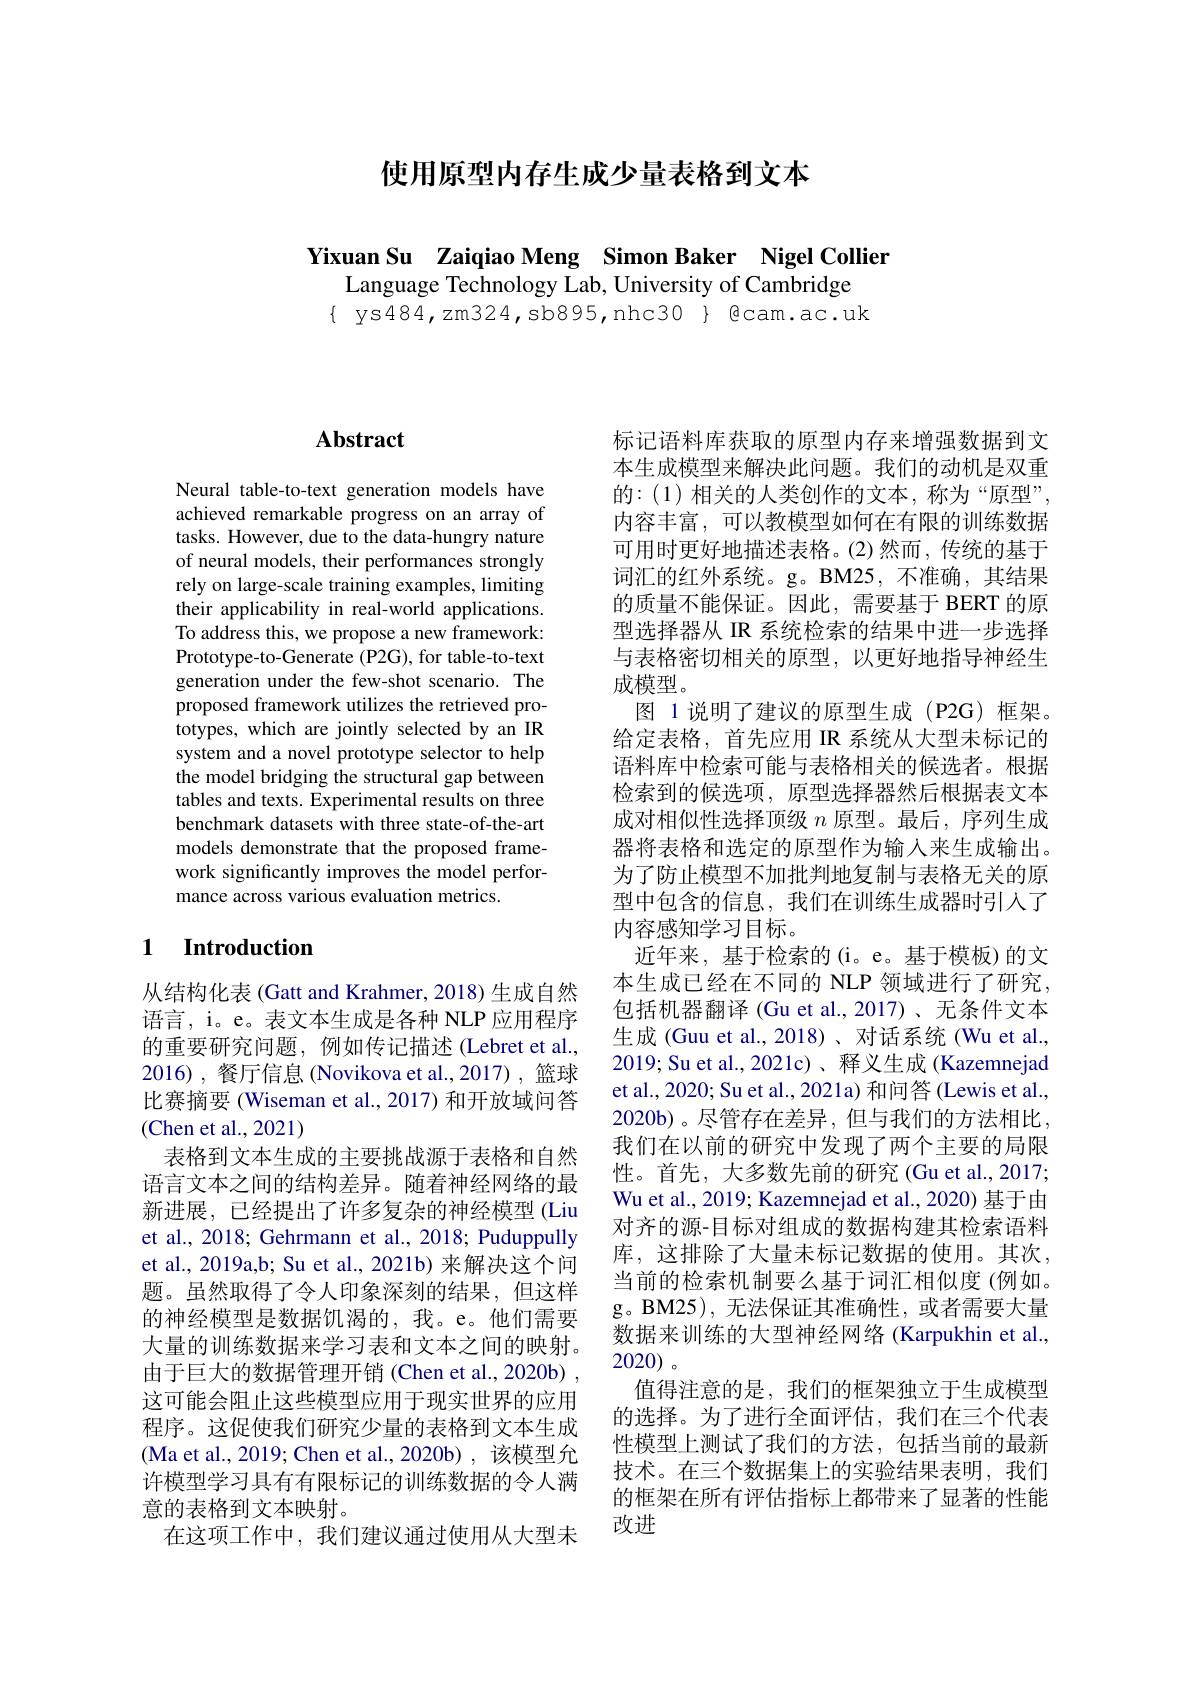
使用原型内存生成少量表格到文本

Yixuan Su Zaiqiao Meng Simon Baker Nigel Collier

Language Technology Lab, University of Cambridge $\{$ ys484,zm324,sb895,nhc30}{@cam.ac.uk

# Abstract

Neural table-to-text generation models have achieved remarkable progress on an array of tasks. However, due to the data-hungry nature of neural models, their performances strongly rely on large-scale training examples, limiting their applicability in real-world applications. To address this, we propose a new framework: Prototype-to-Generate (P2G), for table-to-text generation under the few-shot scenario. The proposed framework utilizes the retrieved prototypes, which are jointly selected by an IR system and a novel prototype selector to help the model bridging the structural gap between tables and texts. Experimental results on three benchmark datasets with three state-of-the-art models demonstrate that the proposed framework significantly improves the model performance across various evaluation metrics.

### 1 $\textbf{Introduction}$

从结构化表(Gatt and Krahmer, 2018) 生成自然语言，i。e。表文本生成是各种 NLP 应用程序的重要研究问题，例如传记描述 (Lebret et al., 2016),餐厅信息(Novikova et al.,2017),篮球比赛摘要 (Wiseman et al., 2017) 和开放域问答(Chen et al.,2021)
表格到文本生成的主要挑战源于表格和自然语言文本之间的结构差异。随着神经网络的最新进展，已经提出了许多复杂的神经模型 (Liu et al., 2018; Gehrmann et al., 2018; Puduppully et al., 2019a,b; Su et al., 2021b) 来解决这个问题。虽然取得了令人印象深刻的结果，但这样的神经模型是数据饥渴的，我。e。他们需要大量的训练数据来学习表和文本之间的映射。由于巨大的数据管理开销(Chen et al., 2020b) , 这可能会阻止这些模型应用于现实世界的应用程序。这促使我们研究少量的表格到文本生成(Ma et al., 2019; Chen et al., 2020b), 该模型允许模型学习具有有限标记的训练数据的令人满意的表格到文本映射。
在这项工作中，我们建议通过使用从大型未

标记语料库获取的原型内存来增强数据到文本生成模型来解决此问题。我们的动机是双重的：(1)相关的人类创作的文本，称为“原型”, 内容丰富，可以教模型如何在有限的训练数据可用时更好地描述表格。(2)然而，传统的基于词汇的红外系统。g。BM25,不准确，其结果的质量不能保证。因此，需要基于 BERT 的原型选择器从 IR 系统检索的结果中进一步选择与表格密切相关的原型，以更好地指导神经生成模型。
图 1 说明了建议的原型生成 (P2G) 框架。给定表格，首先应用 IR 系统从大型未标记的语料库中检索可能与表格相关的候选者。根据检索到的候选项，原型选择器然后根据表文本成对相似性选择顶级$n$原型。最后，序列生成器将表格和选定的原型作为输入来生成输出。为了防止模型不加批判地复制与表格无关的原型中包含的信息，我们在训练生成器时引入了内容感知学习目标。
近年来，基于检索的(i。e。基于模板)的文本生成已经在不同的 NLP 领域进行了研究， 包括机器翻译 (Gu et al.,2017)、无条件文本生成 (Guu et al., 2018)、对话系统 (Wu et al., 2019; Su et al., 2021c)、 释义生成 (Kazemnejad et al., 2020; Su et al., 2021a) 和问答 (Lewis et al., 2020b)。尽管存在差异，但与我们的方法相比我们在以前的研究中发现了两个主要的局限性。首先，大多数先前的研究 (Gu et al.,2017; Wu et al., 2019; Kazemnejad et al., 2020) 基于由对齐的源-目标对组成的数据构建其检索语料库，这排除了大量未标记数据的使用。其次， 当前的检索机制要么基于词汇相似度(例如。g。BM25),无法保证其准确性，或者需要大量数据来训练的大型神经网络 (Karpukhin et al., 2020)。
值得注意的是，我们的框架独立于生成模型的选择。为了进行全面评估，我们在三个代表性模型上测试了我们的方法，包括当前的最新技术。在三个数据集上的实验结果表明，我们的框架在所有评估指标上都带来了显著的性能改进